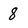
Character: 8